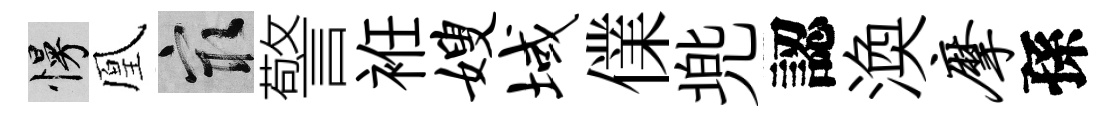
慢凰冣警袵嫂域㒒兠認渙摩孫